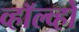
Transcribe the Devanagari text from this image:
व्हॉल्व्हो